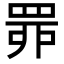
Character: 𦊿